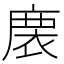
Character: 𢊇